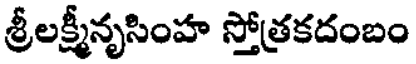
శ్రీలక్ష్మీనృసింహ స్తోత్రకదంబం